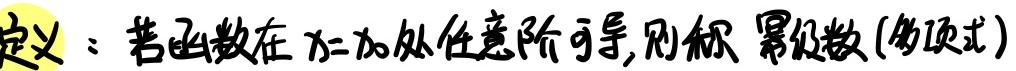
定义：若函数在 $x = x_0$ 处任意阶可导, 则称 幂级数 (多项式)